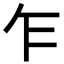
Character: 乍